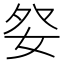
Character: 𡛹